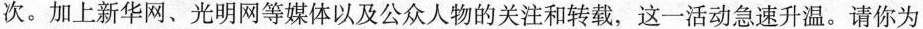
次。加上新华网、光明网等媒体以及公众人物的关注和转载，这一活动急速升温。请你为